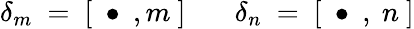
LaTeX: \delta_{m}\ =\ [\ \bullet\ ,m\ ]\ \ \ \ \ \ \ \delta_{n}\ =\ [\ \bullet\ ,\ n\ ]